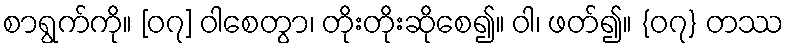
စာရွက်ကို။ [၀၇] ဝါစေတွာ၊ တိုးတိုးဆိုစေ၍။ ဝါ၊ ဖတ်၍။ {၀၇} တဿ